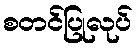
စတင်ပြုလုပ်